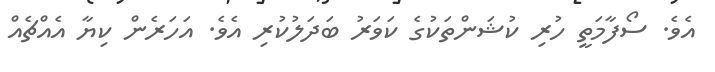
އެވެ. ސޯފާމަތީ ހުރި ކުޝަންތަކުގެ ކަވަރު ބަދަލުކުރި އެވެ. އަހަރެން ކިޔާ އެއްޗެއް